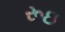
રૂઇ